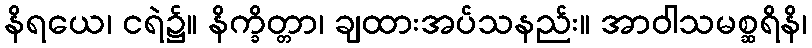
နိရယေ၊ ငရဲ၌။ နိက္ခိတ္တာ၊ ချထားအပ်သနည်း။ အာဝါသမစ္ဆရိနိ၊